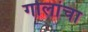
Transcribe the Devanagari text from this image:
गोलांचा